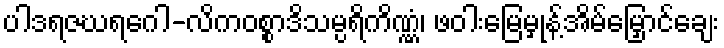
ပါဒရဇဃရဂေါ-လိကဝစ္စာဒိသမ္ပရိကိဏ္ဏံ၊ ဖဝါးမြေမှုန့်အိမ်မြှောင်ချေး